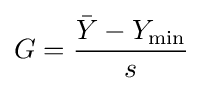
G={\frac {{\bar {Y}}-Y_{\min }}{s}}